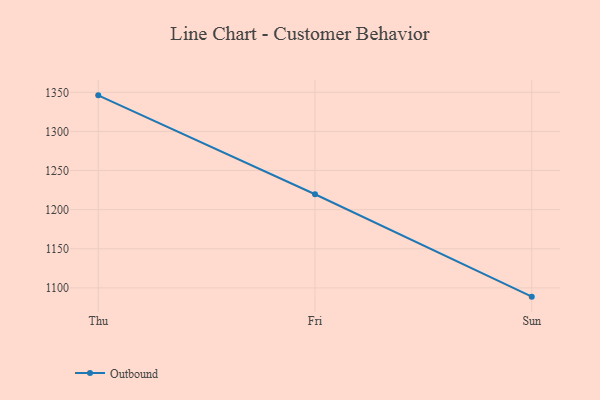
{"axis": {"x": "Day", "y": "Production Output"}, "legend": ["Outbound"], "data": [{"x": "Thu", "y": 1346.1, "type": "Outbound"}, {"x": "Fri", "y": 1219.7, "type": "Outbound"}, {"x": "Sun", "y": 1088.8, "type": "Outbound"}]}